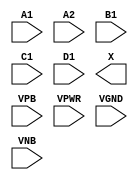
/**
 * Copyright 2020 The SkyWater PDK Authors
 *
 * Licensed under the Apache License, Version 2.0 (the "License");
 * you may not use this file except in compliance with the License.
 * You may obtain a copy of the License at
 *
 *     https://www.apache.org/licenses/LICENSE-2.0
 *
 * Unless required by applicable law or agreed to in writing, software
 * distributed under the License is distributed on an "AS IS" BASIS,
 * WITHOUT WARRANTIES OR CONDITIONS OF ANY KIND, either express or implied.
 * See the License for the specific language governing permissions and
 * limitations under the License.
 *
 * SPDX-License-Identifier: Apache-2.0
 */

`ifndef SKY130_FD_SC_HD__O2111A_PP_SYMBOL_V
`define SKY130_FD_SC_HD__O2111A_PP_SYMBOL_V

/**
 * o2111a: 2-input OR into first input of 4-input AND.
 *
 *         X = ((A1 | A2) & B1 & C1 & D1)
 *
 * Verilog stub (with power pins) for graphical symbol definition
 * generation.
 *
 * WARNING: This file is autogenerated, do not modify directly!
 */

`timescale 1ns / 1ps
`default_nettype none

(* blackbox *)
module sky130_fd_sc_hd__o2111a (
    //# {{data|Data Signals}}
    input  A1  ,
    input  A2  ,
    input  B1  ,
    input  C1  ,
    input  D1  ,
    output X   ,

    //# {{power|Power}}
    input  VPB ,
    input  VPWR,
    input  VGND,
    input  VNB
);
endmodule

`default_nettype wire
`endif  // SKY130_FD_SC_HD__O2111A_PP_SYMBOL_V